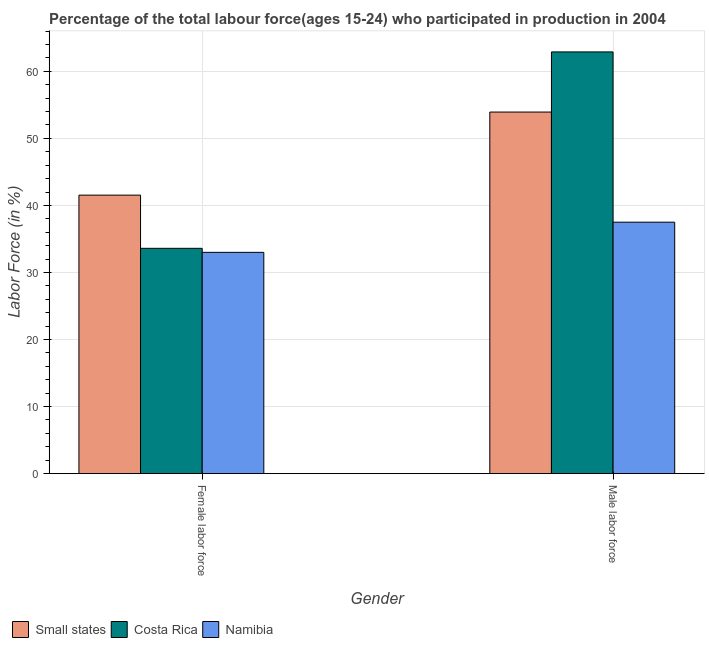
| Gender | Small states | Costa Rica | Namibia |
 | --- | --- | --- | --- |
 | Female labor force | 41.5 | 33.6 | 33 |
 | Male labor force | 53.9 | 62.9 | 37.5 |